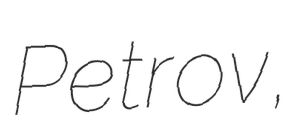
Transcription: Petrov,